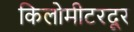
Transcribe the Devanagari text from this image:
किलोमीटरदूर